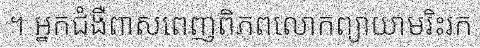
។ អ្នកជំងឺពាសពេញពិភពលោកព្យាយាមរិះរក